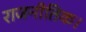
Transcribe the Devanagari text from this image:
राजनीतिक।